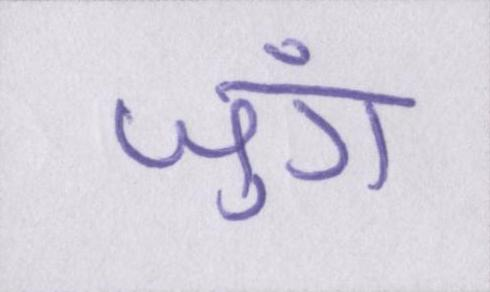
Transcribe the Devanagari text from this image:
जुंग